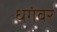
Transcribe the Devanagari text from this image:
धगंवर